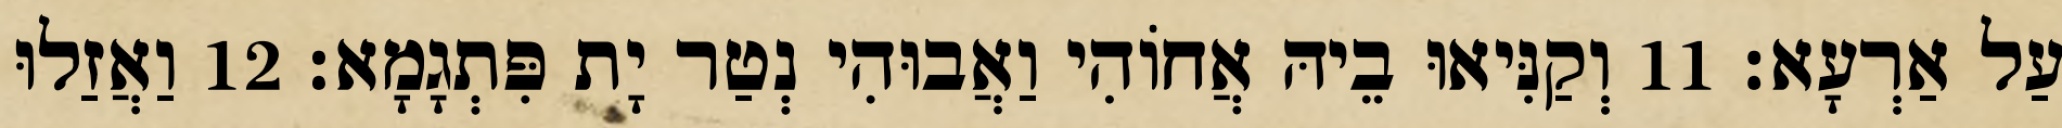
עַל אַרְעָא׃ 11 וְקַנִּיאוּ בֵיהּ אֲחוֹהִי וַאֲבוּהִי נְטַר יָת פִּתְגָמָא׃ 12 וַאֲזַלוּ